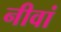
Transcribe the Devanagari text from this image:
नीवां